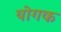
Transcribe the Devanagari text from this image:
योगक